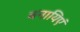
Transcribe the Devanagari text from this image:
बनायिएं